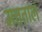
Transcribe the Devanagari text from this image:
मत्तताल